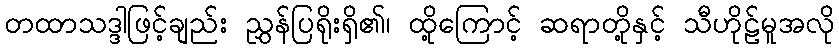
တထာသဒ္ဒါဖြင့်ချည်း ညွှန်ပြရိုးရှိ၏၊ ထို့ကြောင့် ဆရာတို့နှင့် သီဟိုဠ်မူအလို